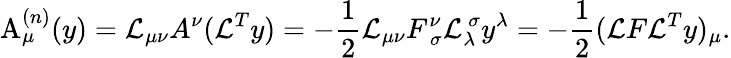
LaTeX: \mathrm{A}_{\mu}^{(n)}(y)={\cal L}_{\mu\nu}A^{\nu}({\cal L}^{T}y)=-\frac{1}{2}{\cal L}_{\mu\nu}F_{\ \sigma}^{\nu}{\cal L}_{\lambda}^{\ \sigma}y^{\lambda}=-\frac{1}{2}({\cal L}F{\cal L}^{T}y)_{\mu}.